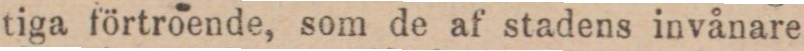
tiga förtroende, som de af stadens invånare